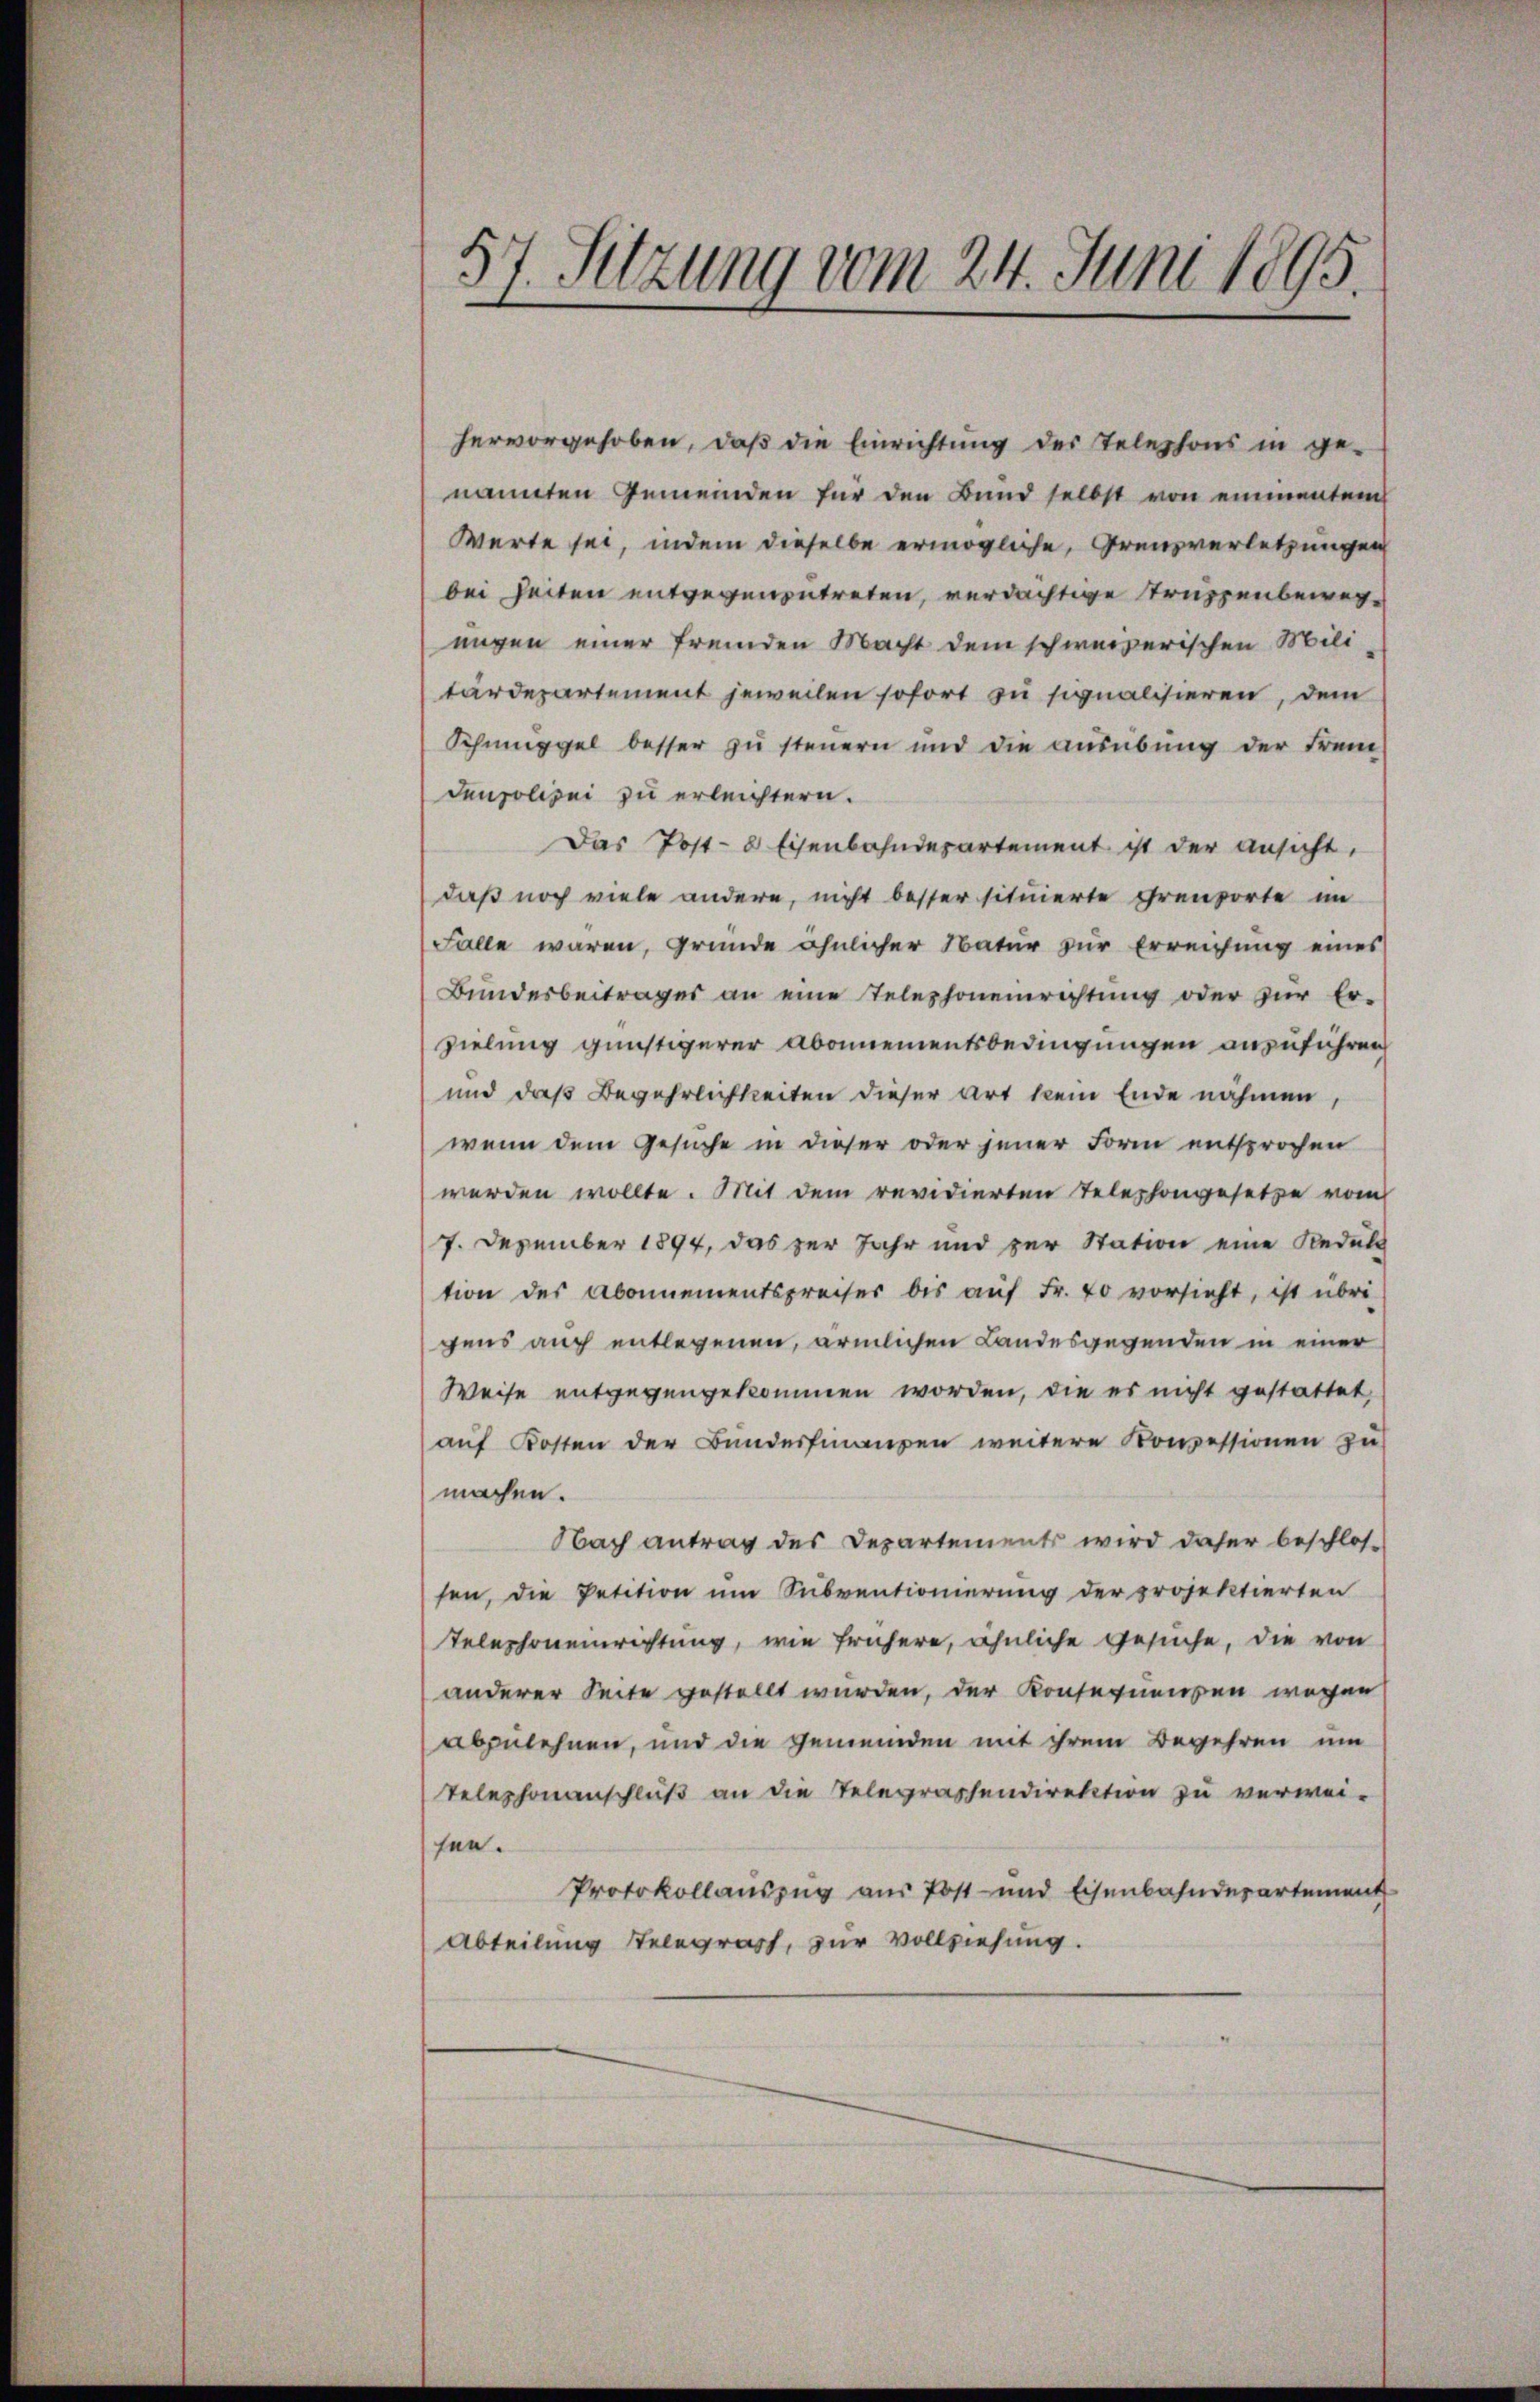
57. Sitzung vom 24. Juni 1895.

hervorgehoben, daß die Einrichtung des Telephons in ge-
nannten Gemeinden für den Bund selbst von einmenten
Werte sei, indem dieselbe ermögliche, Grenzverletzungen
bei Seiten entgegenzutreten, verdächtige Truppenbewegungen einer fremden Macht dem schweizerischen Mili
tärdepartement jeweilen sofort zu signalisieren, dem
Schmuggel besser zŭ steuern und die aŭsübŭng der Frem
denpolizei zu erleichtern.
Das Post- 8 Eisenbahndepartement ist der Ansicht,
daß noch viele andere, nicht besser situierte Ehrenporte im
Falle waren, gründe ähnlicher Natur zur Erreichung eines
Bundesbeitrages an eine Telephoneinrichtung oder zur Er-
zielung günstigerer Abonnementsbedingungen anzuführen
und daß Begehrlichkeiten dieser Art kein Ende nahmen,
wenn dem Gesuche in dieser oder jener Form entsprochen
werden wollte. Mit dem revidierten Telephongesetze vom
7. Dezember 1894, das zur Jahr und zur Station eine Reduld
tion der Abonnementspreiser bis aŭf Fr. 40 vorsieht, ist übri-
gens auch entlegenen, ärmlichen Landesgegenden in einer
Weise entgegengekommen worden, die es nicht gestattet,
auf Kosten der Bundesfinanzen weitere Konzessionen zu
machen.
Nach antrag des Departements wird daher beschlos-
sen, die Petition um Subventionierung der projektierten
Telephoneinrichtung, wie frühere, ähnliche Gesuche, die von
anderer Seite gestellt wurden, der Konsequenzen wegen
abzulehnen, und die Gemeinden mit ihrem Begehren um
Telephonanschluß an die Telegrassendirektion zu verwei-
sen.
Protokollauszug aus Post- und Eisenbahnderartement
Abteilung Telegrast, zur Vollziehung.